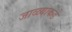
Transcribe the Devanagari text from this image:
जाळ्याकडे